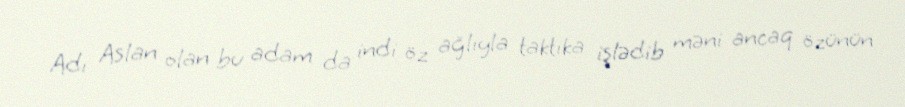
Adı Aslan olan bu adam da indi öz ağlıyla taktika işlədib məni ancaq özünün